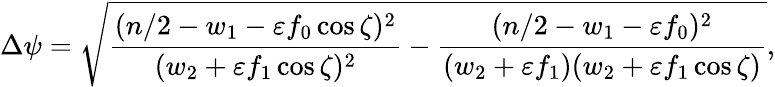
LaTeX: \Delta\psi=\sqrt{\frac{(n/2-w_{1}-\varepsilon f_{0}\cos\zeta)^{2}}{(w_{2}+\varepsilon f_{1}\cos\zeta)^{2}}-\frac{(n/2-w_{1}-\varepsilon f_{0})^{2}}{(w_{2}+\varepsilon f_{1})(w_{2}+\varepsilon f_{1}\cos\zeta)}},